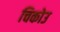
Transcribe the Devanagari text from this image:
चिकोउ